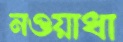
নওয়াধা